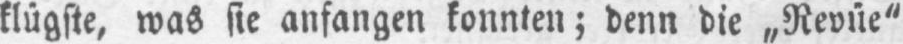
klügste, was sie anfangen konnten; denn die „Revüe“